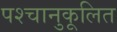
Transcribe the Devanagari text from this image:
पश्चानुकूलित